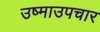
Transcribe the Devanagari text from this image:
उष्माउपचार